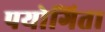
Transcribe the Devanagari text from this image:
पयोगिता